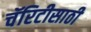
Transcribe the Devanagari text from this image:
चॅरिटीसाठी